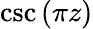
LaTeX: \csc\left(\pi z\right)